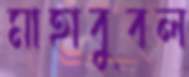
মাহাবুবল